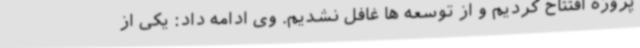
پروژه افتتاح کردیم و از توسعه ها غافل نشدیم. وی ادامه داد: یکی از